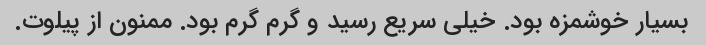
بسیار خوشمزه بود. خیلی سریع رسید و گرم گرم بود. ممنون از پیلوت.